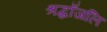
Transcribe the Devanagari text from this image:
श्रद्धाँजलि